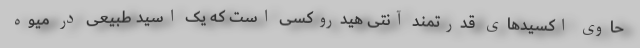
حاوی اکسید‌های قدرتمند آنتی هیدروکسی است که یک اسید طبیعی در میوه